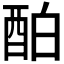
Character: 𨠘